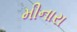
મીનારા